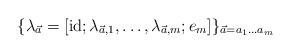
LaTeX: \begin{align*}\{\lambda_{\vec a}=[\mathrm{id};\lambda_{\vec a,1},\dots,\lambda_{\vec a,m};e_m]\}_{\vec a=a_1\dots a_m}\end{align*}